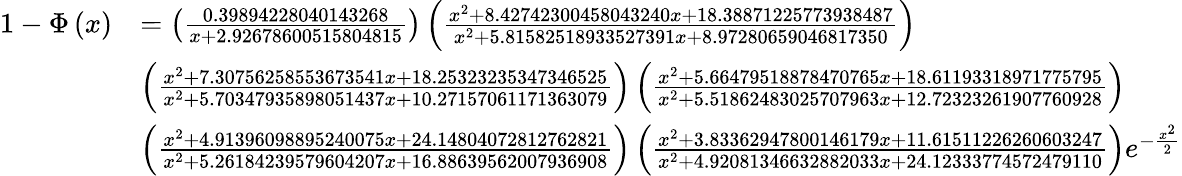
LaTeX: {\begin{array}{rl}{1-\Phi\left(x\right)}&{=\left({\frac{0.39894228040143268}{x+2.92678600515804815}}\right)\left({\frac{x^{2}+8.42742300458043240x+18.38871225773938487}{x^{2}+5.81582518933527391x+8.97280659046817350}}\right)}\\ &{\left({\frac{x^{2}+7.30756258553673541x+18.25323235347346525}{x^{2}+5.70347935898051437x+10.27157061171363079}}\right)\left({\frac{x^{2}+5.66479518878470765x+18.61193318971775795}{x^{2}+5.51862483025707963x+12.72323261907760928}}\right)}\\ &{\left({\frac{x^{2}+4.91396098895240075x+24.14804072812762821}{x^{2}+5.26184239579604207x+16.88639562007936908}}\right)\left({\frac{x^{2}+3.83362947800146179x+11.61511226260603247}{x^{2}+4.92081346632882033x+24.12333774572479110}}\right)e^{-{\frac{x^{2}}{2}}}}\end{array}}